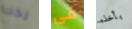
يجب فى بأخذه